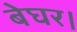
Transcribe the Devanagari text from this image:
बेघर।